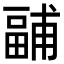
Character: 𭻧